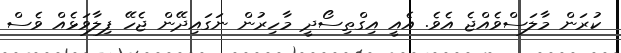
ކުރަން މާލަސްވެއްޖެ އެވެ. އެއީ އިގްތިސޯދީ މާހިރުން ނަގައިދޭން ޖެހޭ ފިލާވަޅެއް ވެސް